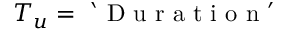
T _ { u } = \mathrm { ~ ` ~ D ~ u ~ r ~ a ~ t ~ i ~ o ~ n ~ ' ~ }